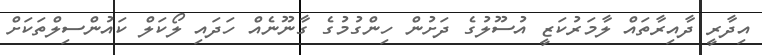
އިދާރީ ދާއިރާތައް ލާމަރުކަޒީ އުސޫލުގެ ދަށުން ހިންގުމުގެ ގާނޫނެއް ހަދައި ލޯކަލް ކައުންސިލްތަކަށް